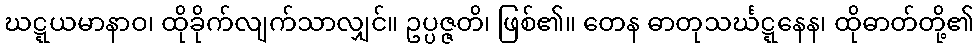
ဃဋ္ဋယမာနာဝ၊ ထိုခိုက်လျက်သာလျှင်။ ဥပ္ပဇ္ဇတိ၊ ဖြစ်၏။ တေန ဓာတုသင်္ဃဋ္ဋနေန၊ ထိုဓာတ်တို့၏